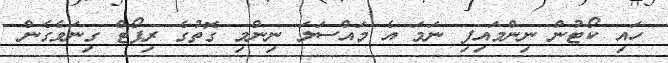
ހައި ކޯޓުން ނިންމައިފި ނަމަ އެ މައްސަލަ ނިންމި ގޮތުގެ ރިޕޯޓް ގިނަވެގެން